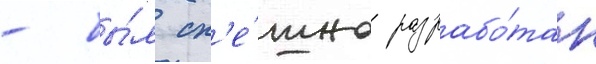
- бы́л сп'е́шно разрабо́тан